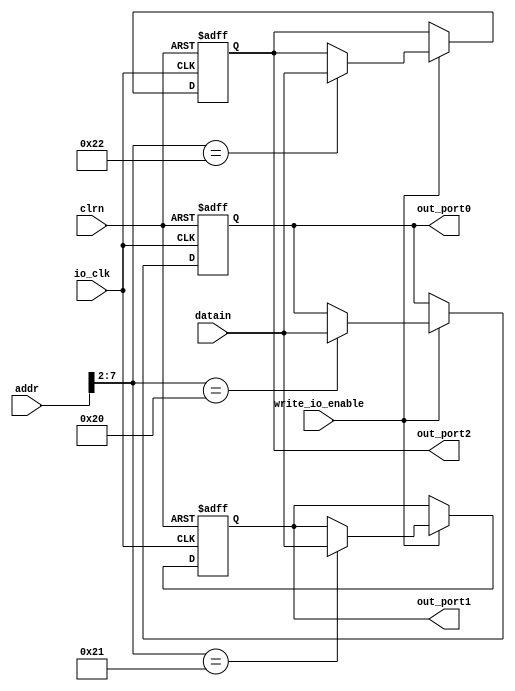
module io_output_reg(addr,datain,write_io_enable,io_clk,clrn,out_port0,out_port1,out_port2);
//NOTE: sw
	input [31:0] addr, datain;
	input write_io_enable, io_clk, clrn;
	output reg [31:0] out_port0, out_port1, out_port2;
	
	always @(posedge io_clk or negedge clrn)
		begin
		if(!clrn)
		begin
			out_port0 <= 0;
			out_port1 <= 0;
			out_port2 <= 0;
		end
		else
		begin
			if(write_io_enable)
			case(addr[7:2])
			6'b100000: out_port0 <= datain;
			6'b100001: out_port1 <= datain;
			6'b100010: out_port2 <= datain;
			endcase
		end
		end
endmodule